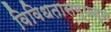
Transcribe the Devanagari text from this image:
विविधतासम्पन्न